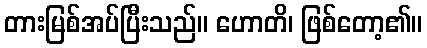
တားမြစ်အပ်ပြီးသည်။ ဟောတိ၊ ဖြစ်တော့၏။